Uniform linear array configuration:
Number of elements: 16
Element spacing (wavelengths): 1
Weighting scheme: hamming
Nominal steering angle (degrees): -45
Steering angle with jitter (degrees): -43.602
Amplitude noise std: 0.05
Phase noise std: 0.05

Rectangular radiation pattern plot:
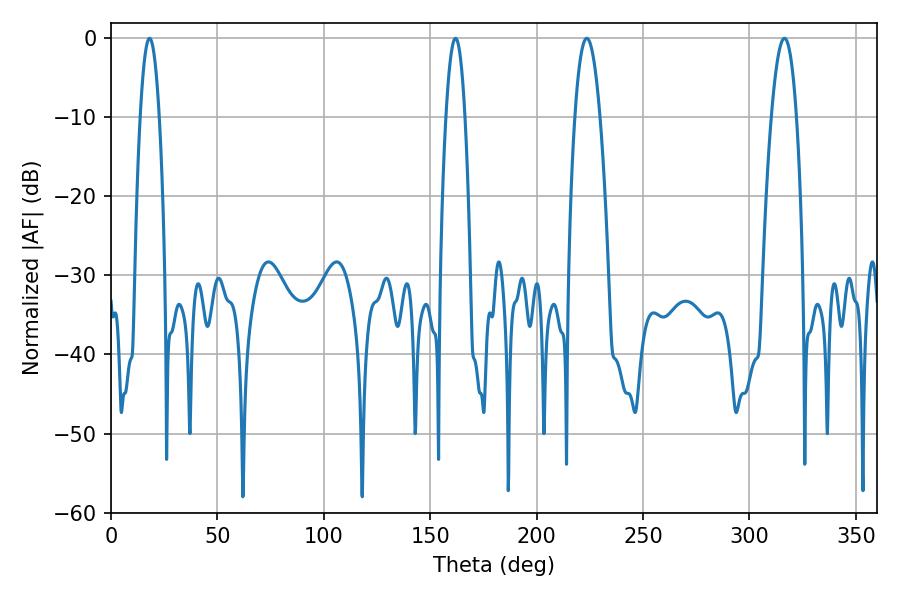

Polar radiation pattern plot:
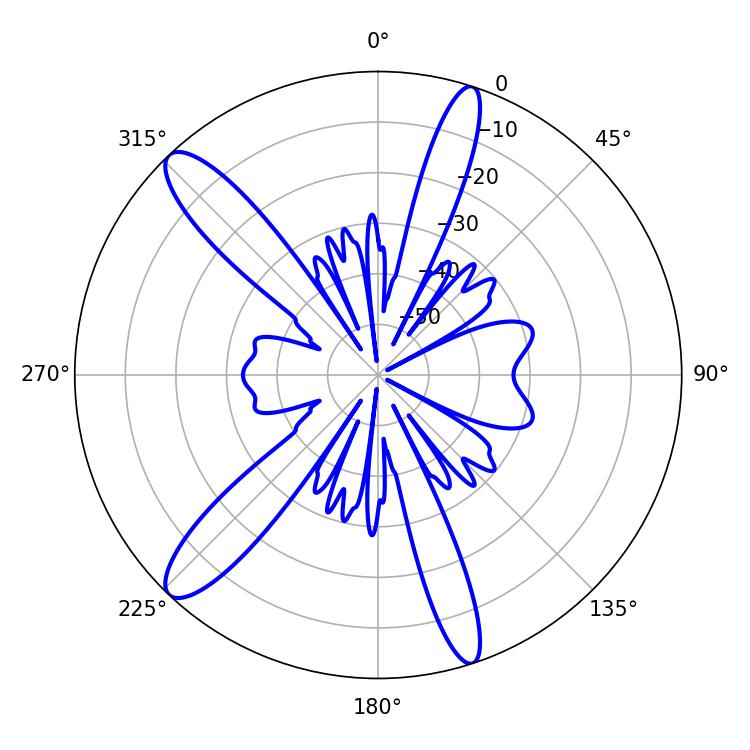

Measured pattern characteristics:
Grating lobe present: TRUE
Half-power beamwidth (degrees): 6.66
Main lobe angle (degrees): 223.56